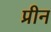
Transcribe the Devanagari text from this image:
प्रीन